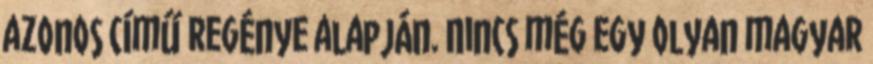
azonos című regénye alapján. Nincs még egy olyan magyar